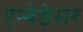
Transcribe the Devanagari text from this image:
एम्बेडेसर